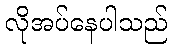
လိုအပ်နေပါသည်